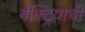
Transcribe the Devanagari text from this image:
बॅक्ट्रियाची